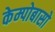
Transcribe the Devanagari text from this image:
केम्पोबासो